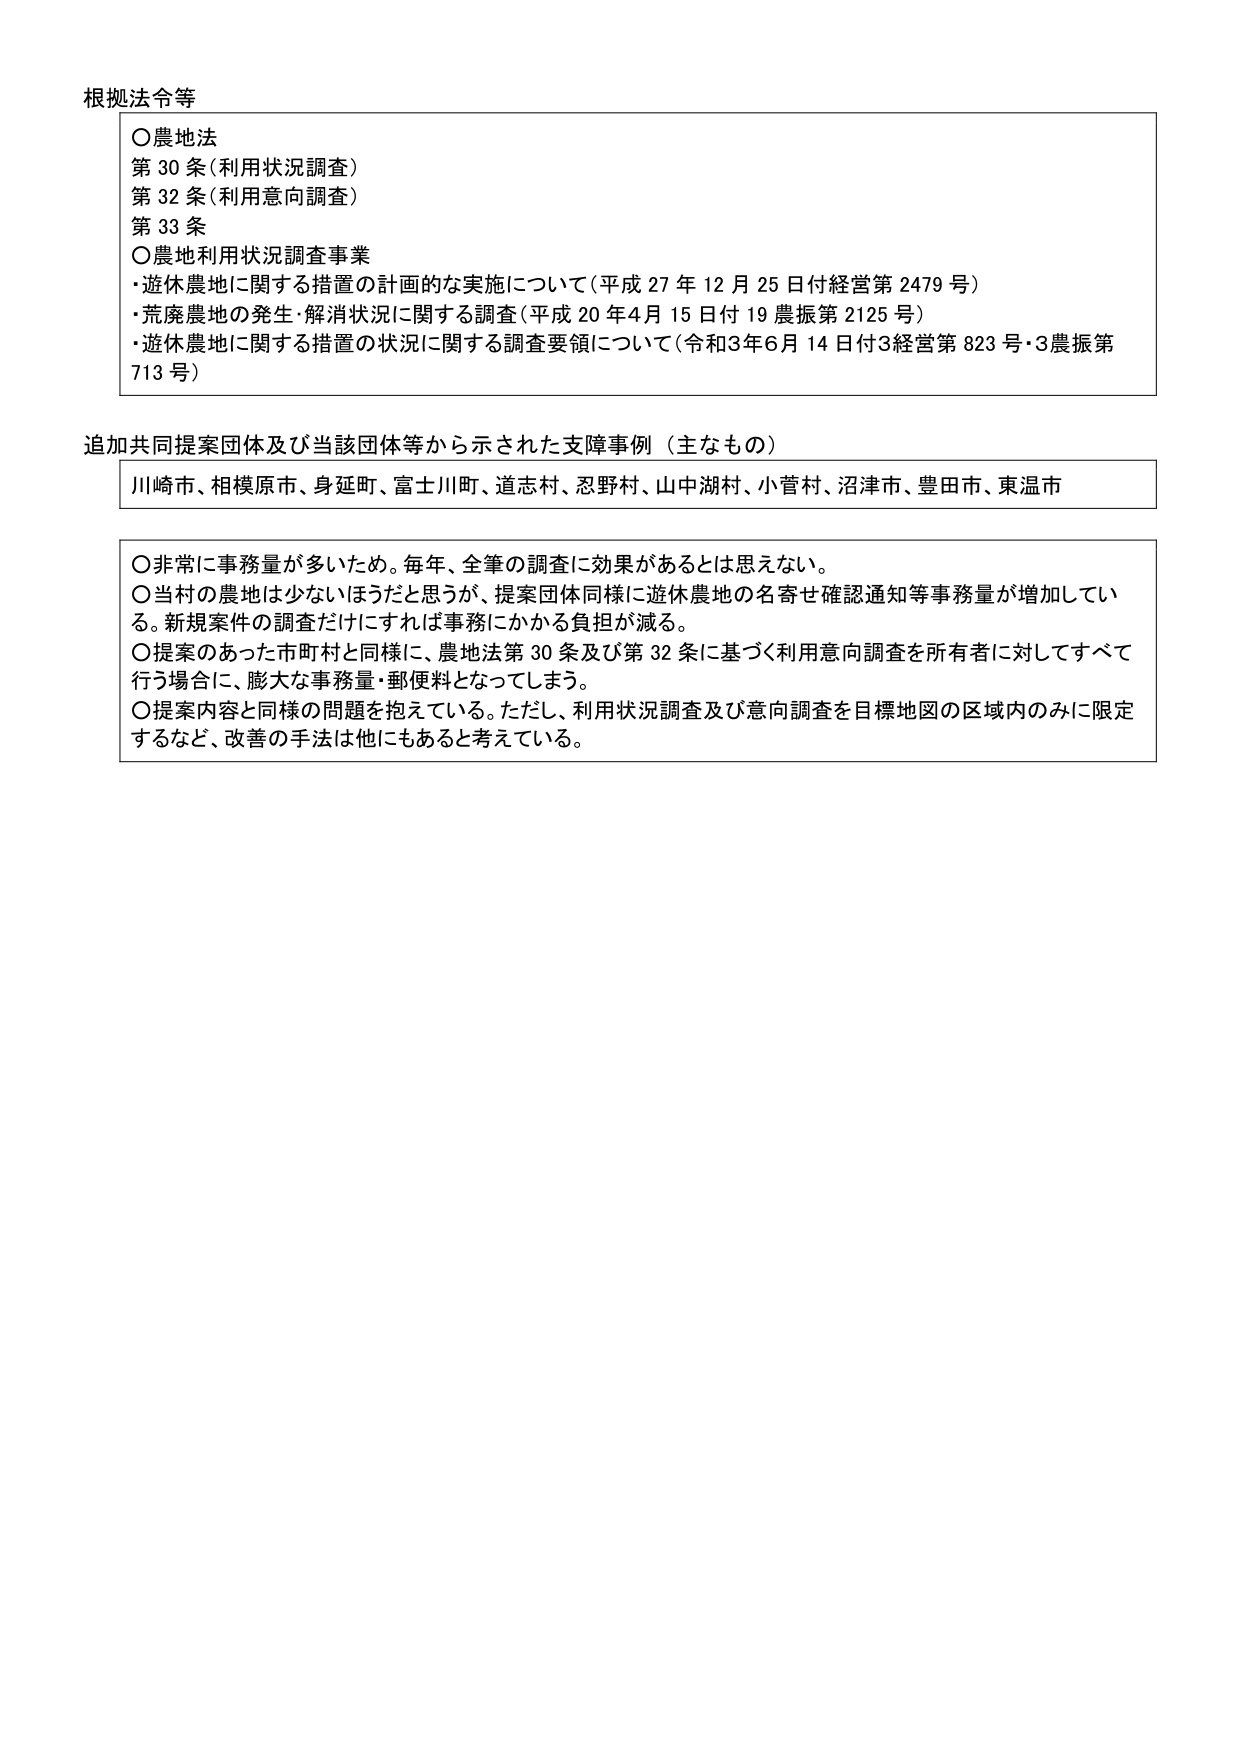
根拠法令等

○農地法
第30条（利用状況調査）
第32条（利用意向調査）
第33条
○農地利用状況調査事業
・遊休農地に関する措置の計画的な実施について（平成27年12月25日付経営第2479号）
・荒廃農地の発生・解消状況に関する調査（平成20年4月15日付19農振第2125号）
・遊休農地に関する措置の状況に関する調査要領について（令和3年6月14日付3経営第823号・3農振第713号）

追加共同提案団体及び当該団体等から示された支障事例（主なもの）

川崎市、相模原市、身延町、富士川町、道志村、忍野村、山中湖村、小菅村、沼津市、豊田市、東温市

○非常に事務量が多いため。毎年、全筆の調査に効果があるとは思えない。
○当村の農地は少ないほうだと思うが、提案団体同様に遊休農地の名寄せ確認通知等事務量が増加している。新規案件の調査だけにすれば事務にかかる負担が減る。
○提案のあった市町村と同様に、農地法第30条及び第32条に基づく利用意向調査を所有者に対してすべて行う場合に、膨大な事務量・郵便料となってしまう。
○提案内容と同様の問題を抱えている。ただし、利用状況調査及び意向調査を目標地図の区域内のみに限定するなど、改善の手法は他にもあると考えている。